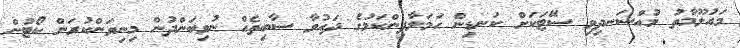
މައުލޫމާތު މުއްސަނދިވި ސޭޓަކަށް ކަނޑިން ހަމަލާދިންކަމުގެ ދައުވާ ސާބިތެއް ނުވިބަންދުން މިނިވަންކުރަން ކޯޓުން